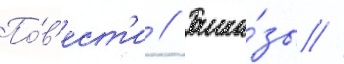
По́в'ест'и // Расска́зы //